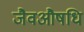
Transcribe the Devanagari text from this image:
जैवऔषधि